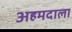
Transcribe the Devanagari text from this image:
अहमदाला